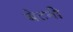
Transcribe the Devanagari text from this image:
बेटनी